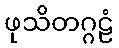
ဖုသိတဂ္ဂဠံ